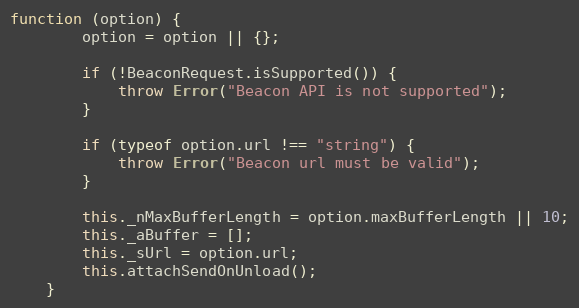
Language: JavaScript
function (option) {
		option = option || {};

		if (!BeaconRequest.isSupported()) {
			throw Error("Beacon API is not supported");
		}

		if (typeof option.url !== "string") {
			throw Error("Beacon url must be valid");
		}

		this._nMaxBufferLength = option.maxBufferLength || 10;
		this._aBuffer = [];
		this._sUrl = option.url;
		this.attachSendOnUnload();
	}